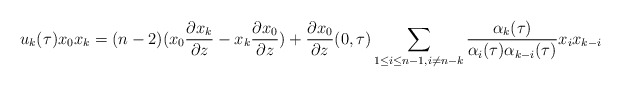
\begin{align*}u_{k}(\tau)x_0 x_{k}=(n-2)(x_0\frac{\partial x_k}{\partial z}-x_k\frac{\partial x_0}{\partial z})+\frac{\partial x_0}{\partial z}(0,\tau) \sum_{1\leq i \leq n-1, i \neq n-k} \frac{\alpha_{k}(\tau)}{\alpha_i(\tau) \alpha_{k-i}(\tau)} x_{i}x_{k-i}\end{align*}